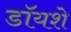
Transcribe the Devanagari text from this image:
डॉयशे